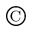
^ { \copyright }